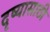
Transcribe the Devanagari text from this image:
दृष्यासाठी